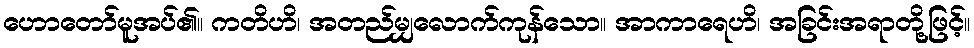
ဟောတော်မူအပ်၏။ ကတိဟိ၊ အတည်မျှလောက်ကုန်သော။ အာကာရေဟိ၊ အခြင်းအရာတို့ဖြင့်။